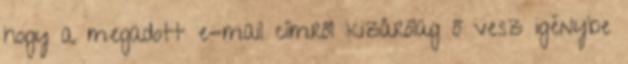
hogy a megadott e-mail címről kizárólag ő vesz igénybe